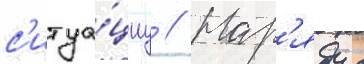
с'итуа́циу // Нар'яду с